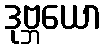
ဒုဗ္ဘယော